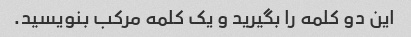
این دو کلمه را بگیرید و یک کلمه مرکب بنویسید.